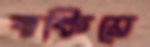
বকিয়ে